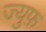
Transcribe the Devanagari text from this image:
ज्युफ़